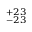
^ { + 2 3 } _ { - 2 3 }